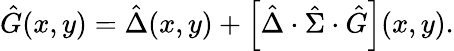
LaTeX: \hat{G}(x,y)=\hat{\Delta}(x,y)+\left[\hat{\Delta}\cdot\hat{\Sigma}\cdot\hat{G}\right](x,y).